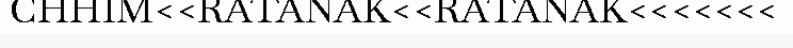
CHHIM<<RATANAK<<RATANAK<<<<<<<